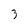
Character: z